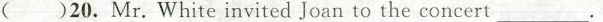
( )20.Mr.White invited Joan to the concert_.